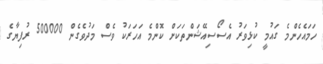
ހަމައެހެންމެ ގައުމީ ކުޅިވަރު އެސޯސިއޭޝަންތަކަށް ކޮންމެ އަހަރަކު ވެސް މަދުވެގެން 500000 ރުފިޔާގެ